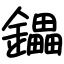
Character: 鑘